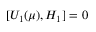
[ U _ { 1 } ( \mu ) , H _ { 1 } ] = 0